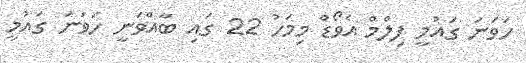
ހަވަނަ ގައުމީ ފިލްމް އެވޯޑް މިމަހު 22 ގައި ބާއްވަނީ ހަވަނަ ގައުމީ